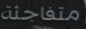
متفاجئة